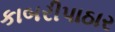
કાબરીપાઠાર